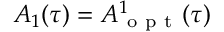
A _ { 1 } ( \tau ) = A _ { \mathrm { ~ o ~ p ~ t ~ } } ^ { 1 } ( \tau )